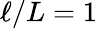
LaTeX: \ell/L=1